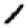
Digit: 1